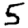
Digit: 5